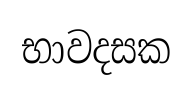
භාවදසක